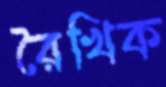
রৈখিক